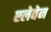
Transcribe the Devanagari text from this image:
एलेवेन